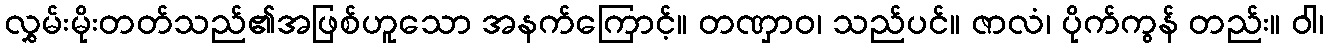
လွှမ်းမိုးတတ်သည်၏အဖြစ်ဟူသော အနက်ကြောင့်။ တဏှာဝ၊ သည်ပင်။ ဇာလံ၊ ပိုက်ကွန် တည်း။ ဝါ၊